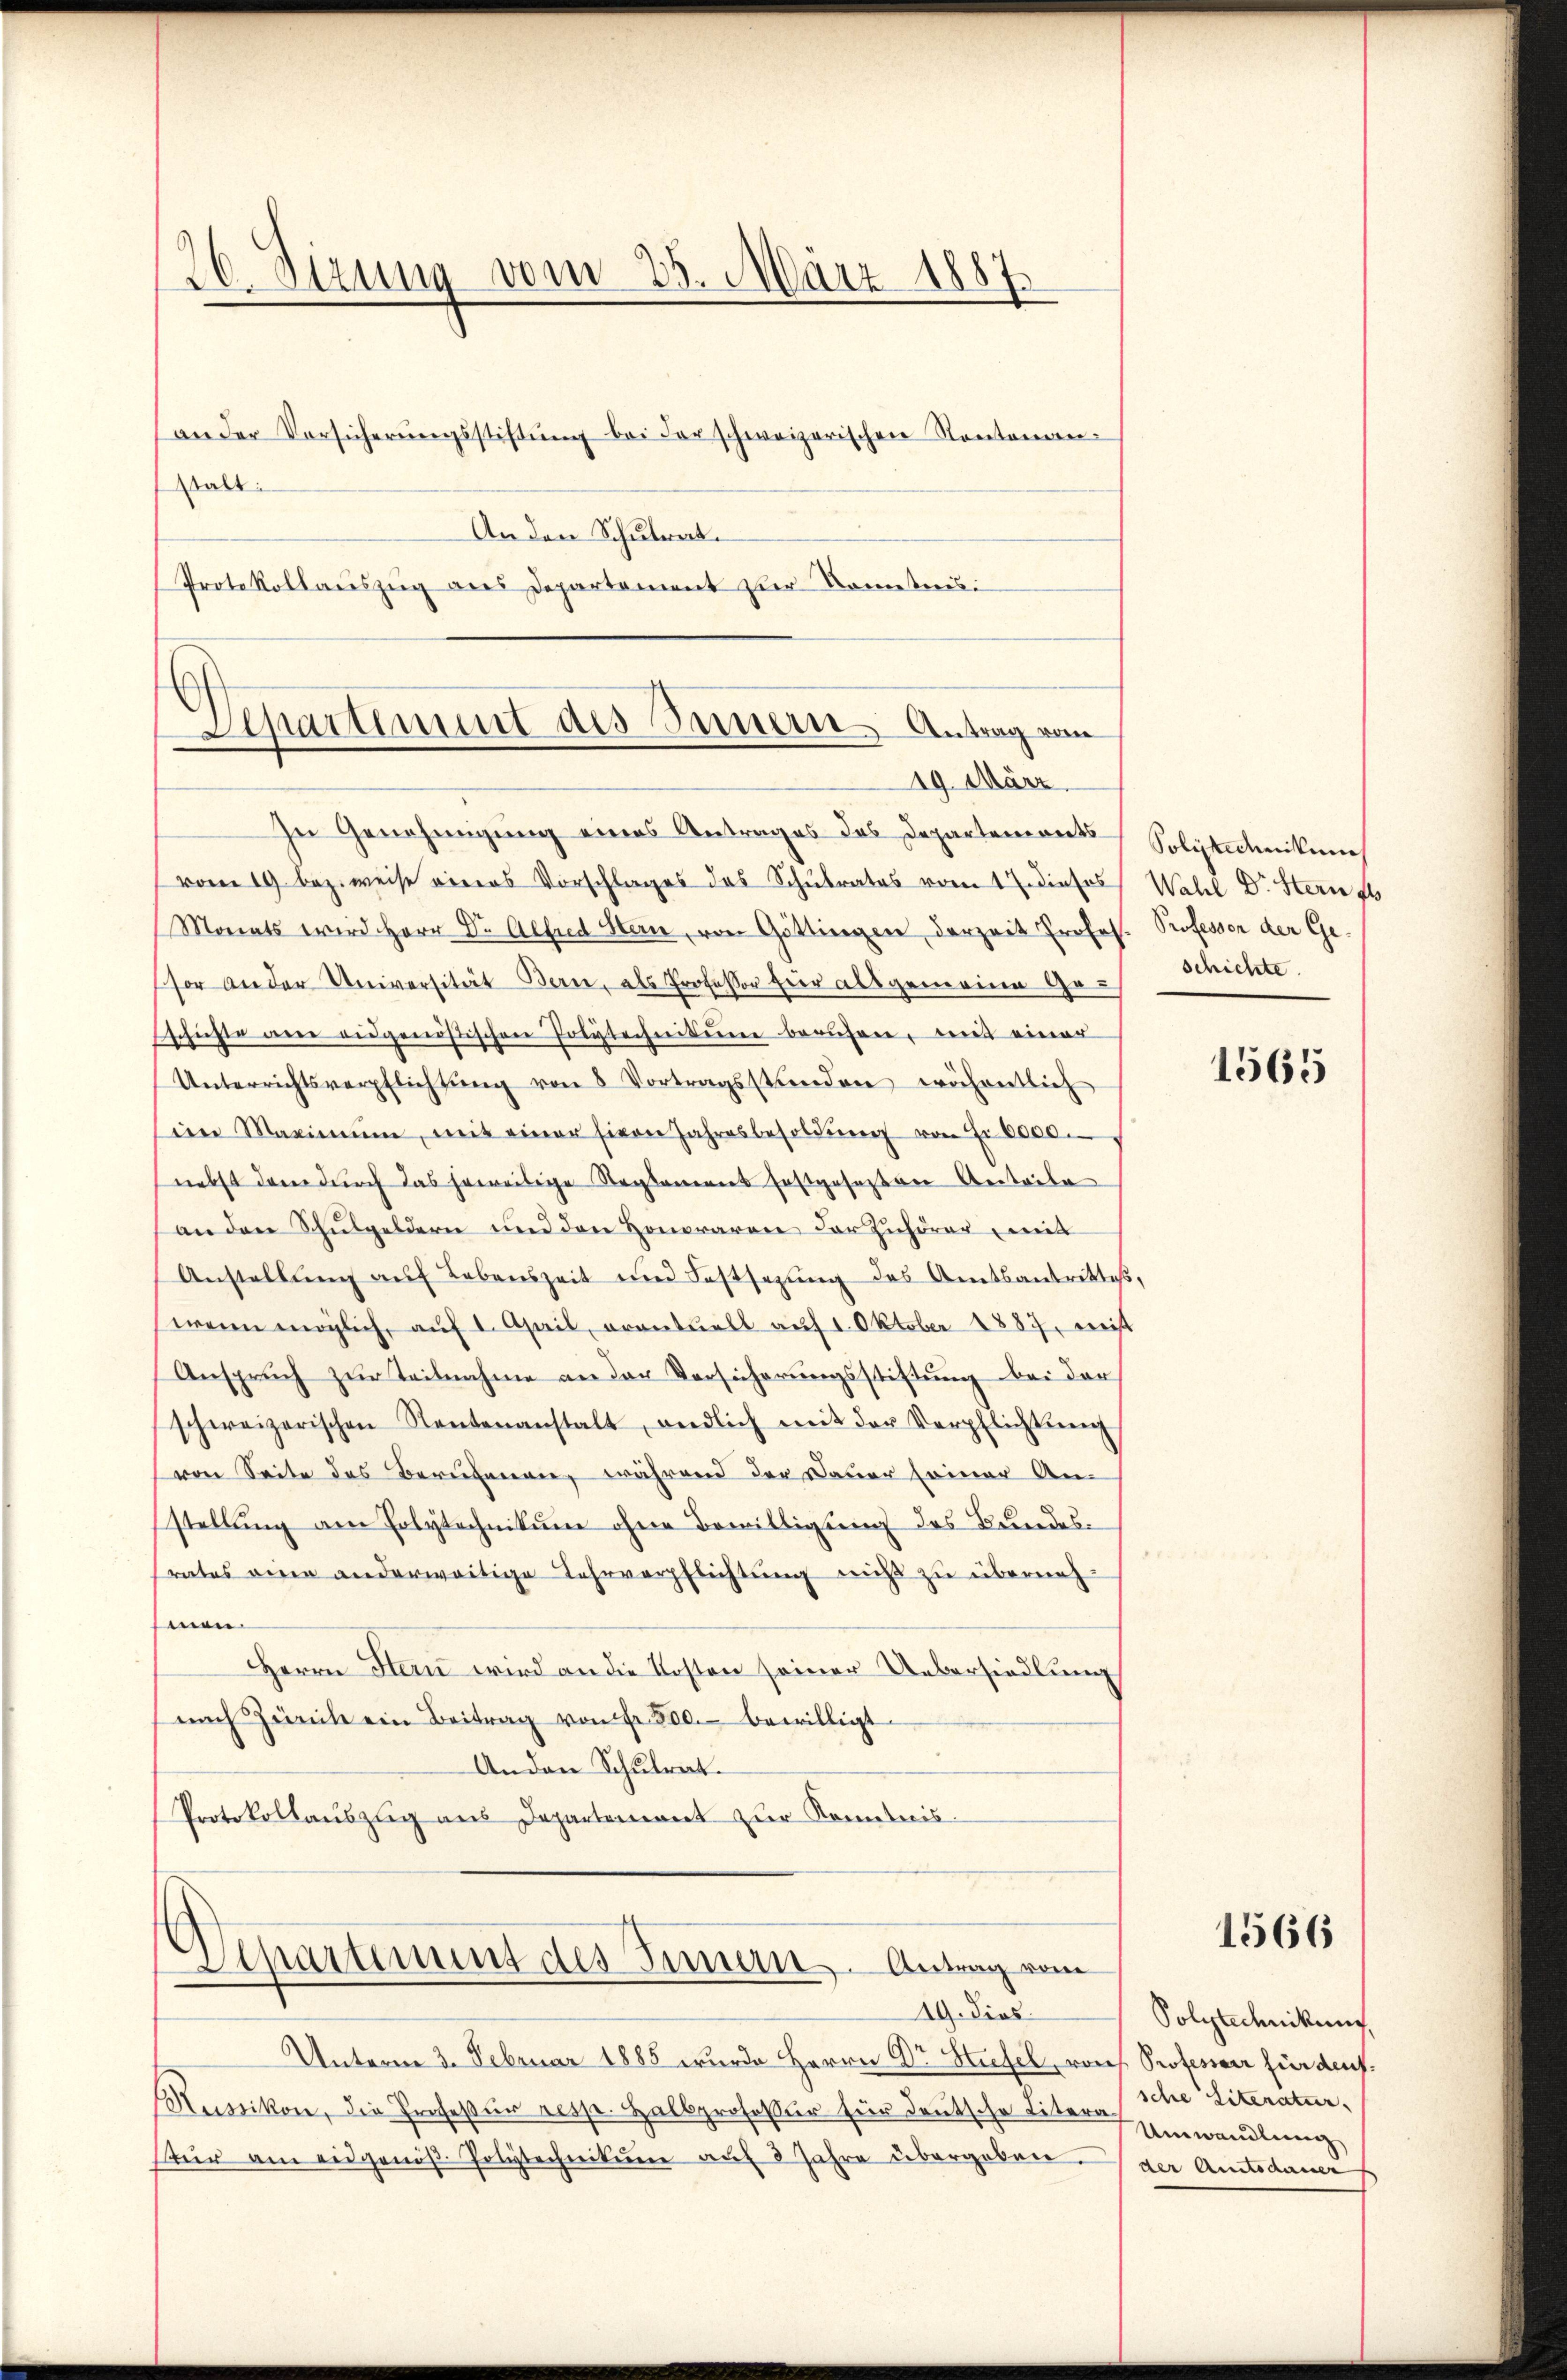
26. Sizung vom 25. März 1887.
an der Vorsicherŭngsstiftŭng bei der schweizerischen Kantonan-
talt:
An den Schulrat.

Departiment des Innern Antrag von
19. März

Protokollauszug aus Departement zur Rometers:

In Genehmigung eines Antrages das Departemonts Solytechnikums
vom 19. bez. weise viers Vorschlages das Schulrates vom 17 dieses
Monats wird Herr Dr. Alfred Hern, von Göttingen derzeit Profes
sor an der Universität Bern, als Professor Herr allgemeine Haus
schichte ane eidgenößischen Polytechnikum berufen, mit einer
Unterrichtsverpflichtŭng von 8 Vortragsstunden wöchentlich
im Maximŭm, mit einer siven Jahresbesoldŭng von Fr. 6000.
nebst der durch das herweilige Reglement festgesezten Anteile
an den Schulgeldern und den Honoraren der Zuhörer mit
Anstellŭng aŭf Lebenszeit und Festsezŭng des Amtsantrittes,
wenn möglich, auf 1. April, avantuell auf 1. Oktober 1887, meist
Ansprŭch zŭr Teilnahme an der Versicherŭngsstiftŭng bei der
schweizerischen Rentenanstalt, endlich mit der Verpflichtung
von Seite des Berufenen, während der Dauer seiner An-
stellung am Polytechnikum ohne Bewilligung des Bundessrates eine anderweitige Lehrverpflichtung nicht zu übernehmen.
Herrn Stern wird an die Kosten seiner Uebersiedlung
nach Zürich ein Beitrag von Fr. 500. bewilligt.
Anden Schulrat.
Protokollauszug aus Departement zur Kenntnis-

Departement des Innen. Antrag vom
19. Dies

Unterm 3. Februar 1885 wurde Herrn Dr Stufel, von Professor für dens
Russikon, die Profeßur resse. Halbprofessur für deutsche Litera
Für am eidgenöβ. Polytechnikum aŭf 3 Jahre übergeben.

Wahl Dr. Stern f
Professor der Ge-
schichte.

1565

1566

Polytechnikung
sche Literatur,
Umwandlung
der Amtsdamer